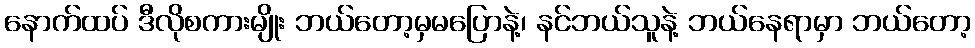
နောက်ထပ် ဒီလိုစကားမျိုး ဘယ်တော့မှမပြောနဲ့၊ နင်ဘယ်သူနဲ့ ဘယ်နေရာမှာ ဘယ်တော့